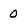
Character: 0